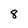
Character: 8